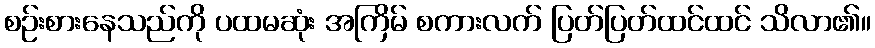
စဉ်းစားနေသည်ကို ပထမဆုံး အကြိမ် စကားလက် ပြတ်ပြတ်ထင်ထင် သိလာ၏။